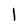
Character: I